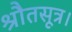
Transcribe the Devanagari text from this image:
श्रौतसूत्र।